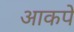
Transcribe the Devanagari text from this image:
आकपे